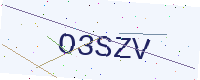
Text: O3SZV